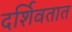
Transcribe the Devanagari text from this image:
दर्शिवतात